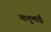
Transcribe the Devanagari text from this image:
नानुभाई